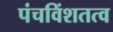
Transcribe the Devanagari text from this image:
पंचविंशतत्व